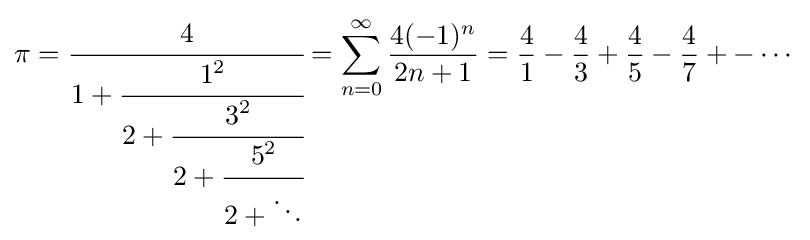
\pi ={\cfrac {4}{1+{\cfrac {1^{2}}{2+{\cfrac {3^{2}}{2+{\cfrac {5^{2}}{2+\ddots }}}}}}}}=\sum _{n=0}^{\infty }{\frac {4(-1)^{n}}{2n+1}}={\frac {4}{1}}-{\frac {4}{3}}+{\frac {4}{5}}-{\frac {4}{7}}+-\cdots